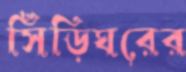
সিঁড়িঘরের